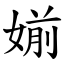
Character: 媊